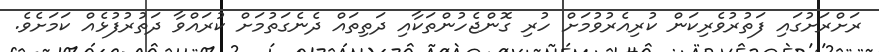
ރަށްރަށުގައި ފަތުރުވެރިކަން ކުރިއެރުވުމަށް ހުރި ގޮންޖެހުންތަކާއި ދަތިތައް ދެނެގަތުމަށް ކުރައްވާ ދަތުރުފުޅެއް ކަމަށެވެ.